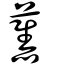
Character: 舊